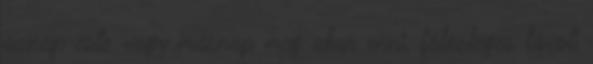
aznap este vagy másnap meg akar enni, fölösleges távoli